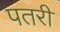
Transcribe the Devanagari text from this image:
पतरी